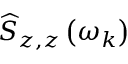
\widehat { S } _ { z , z } \left( \omega _ { k } \right)